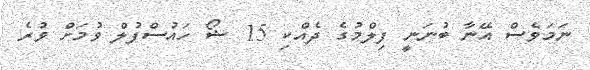
ނަމަވެސް އޭނާ ބުނަނީ ފިލްމުގެ ދެއްކި 15 ޝޯ ހައުސްފުލް ވުމަށް ވުރެ